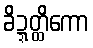
ခိဍ္ဍတ္ထိကော